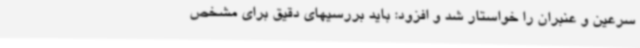
سرعین و عنبران را خواستار شد و افزود: باید بررسیهای دقیق برای مشخص